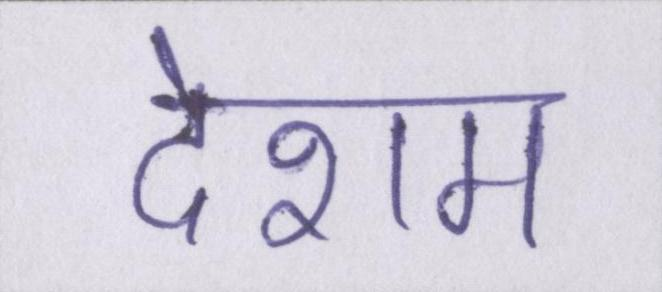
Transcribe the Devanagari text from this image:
देशम